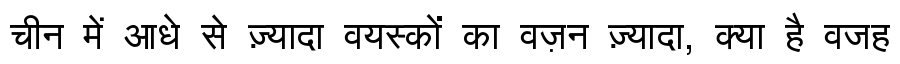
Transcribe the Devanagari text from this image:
चीन में आधे से ज़्यादा वयस्कों का वज़न ज़्यादा, क्या है वजह